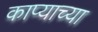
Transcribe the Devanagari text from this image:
काप्याच्या